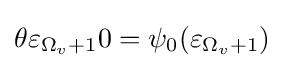
\theta \varepsilon _{\Omega _{v}+1}0=\psi _{0}(\varepsilon _{\Omega _{v}+1})